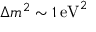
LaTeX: \Delta m ^ { 2 } \sim 1 \, { \mathrm { e V } } ^ { 2 }